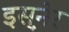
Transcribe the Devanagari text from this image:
इस़्नेर